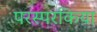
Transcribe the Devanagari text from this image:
परस्परकिया